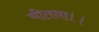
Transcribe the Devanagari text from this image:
चीतना।।